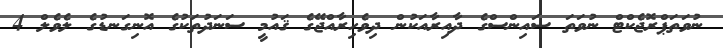
ނުވަތަޕްރޮޖެކްޓް ނުވަތަ ސައިންސްގެ ދާއިރާއަކުން ދިވެހިރާއްޖޭގެ ޤައުމީ ސަނަދުތަކުގެ އޮނިގަނޑުގެ ލެވެލް 4